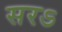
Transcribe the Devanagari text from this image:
सरऽ